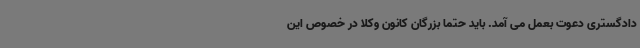
دادگستری دعوت بعمل می آمد. باید حتما بزرگان کانون وکلا در خصوص این